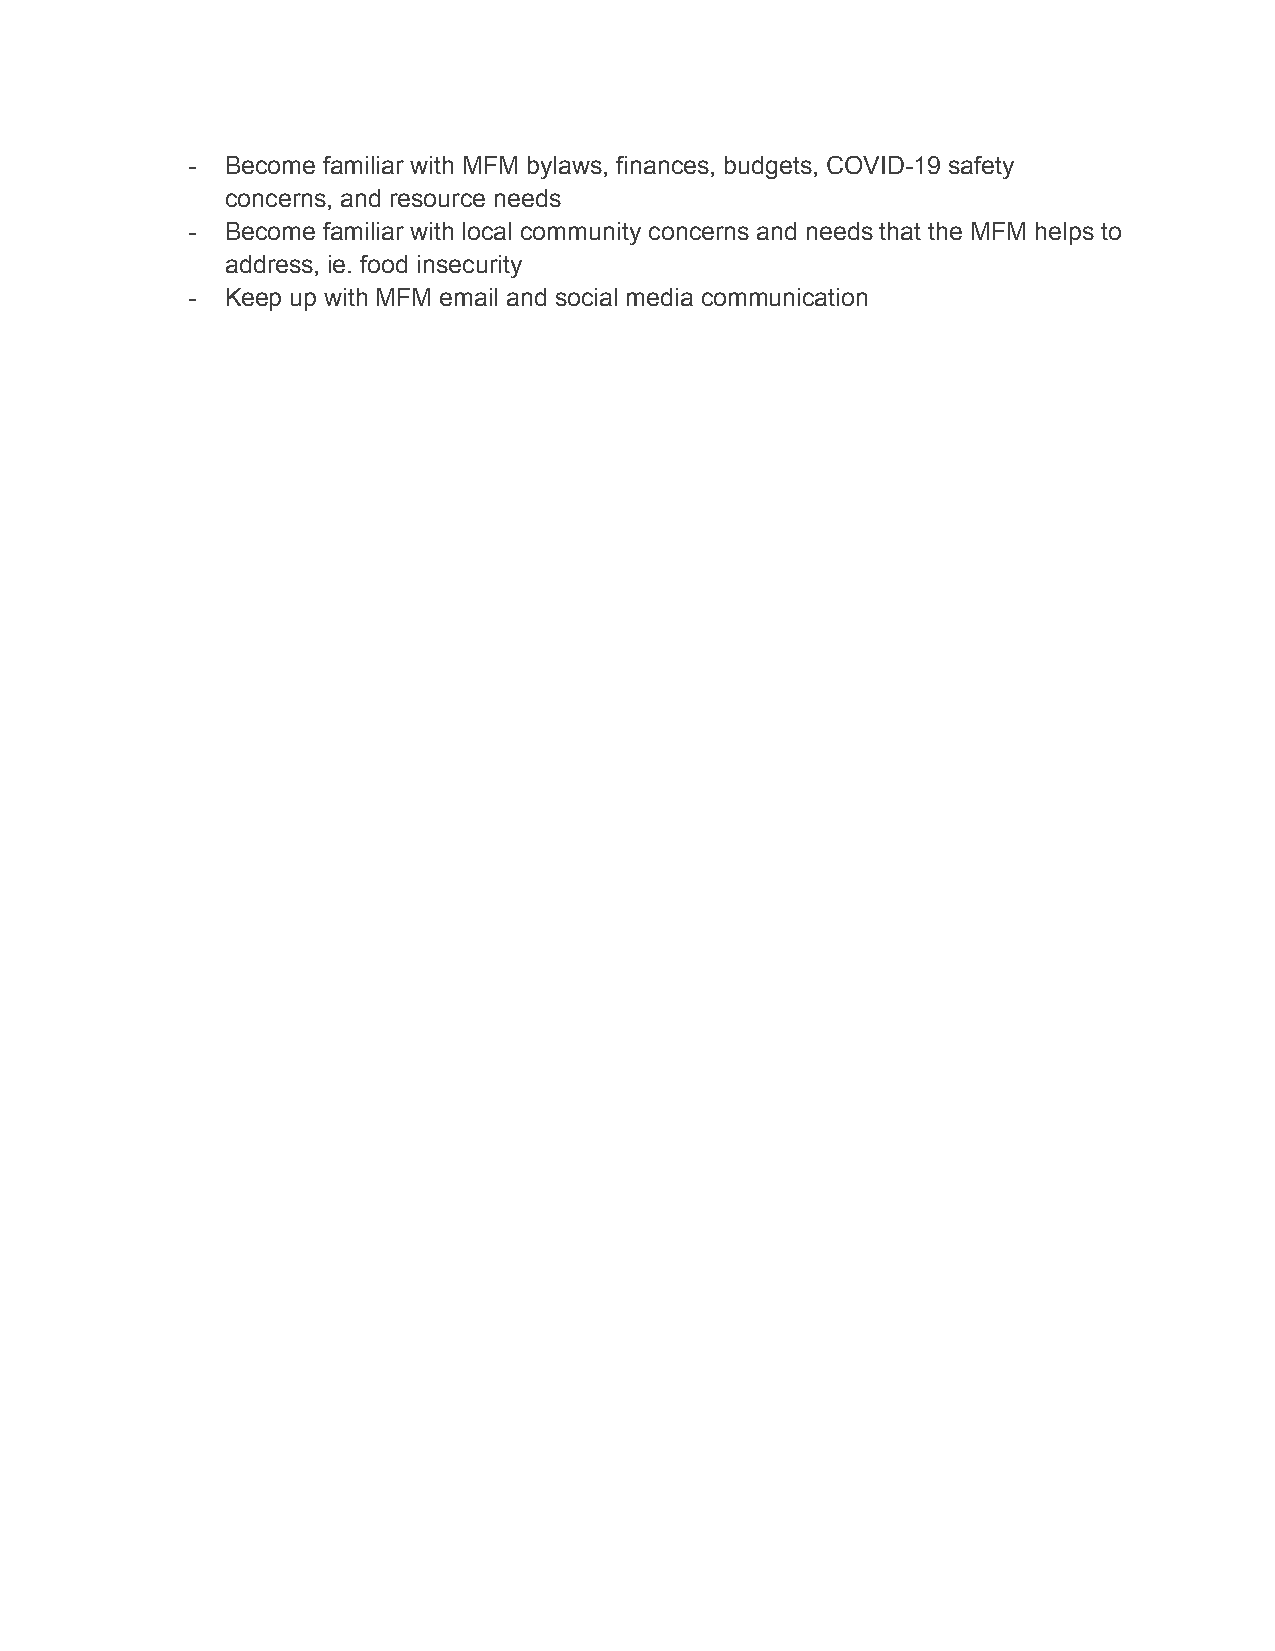
-  Become familiar with MFM bylaws, finances, budgets, COVID-19 safety
 concerns, and resource needs
 -  Become familiar with local community concerns and needs that the MFM helps to
 address, ie. food insecurity
 -  Keep up with MFM email and social media communication